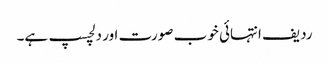
ردیف انتہائی خوب صورت اور دلچسپ ہے۔